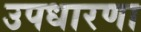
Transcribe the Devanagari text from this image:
उपधारणा